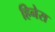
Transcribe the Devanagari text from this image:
हिनेस